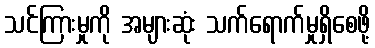
သင်ကြားမှုကို အများဆုံး သက်ရောက်မှုရှိစေဖို့